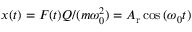
x ( t ) = F ( t ) Q / ( m \omega _ { 0 } ^ { 2 } ) = A _ { \mathrm { r } } \cos { ( \omega _ { 0 } t ) }